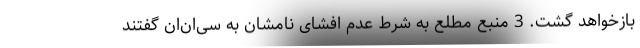
بازخواهد گشت. 3 منبع مطلع به شرط عدم افشای نامشان به سی‌ان‌ان گفتند